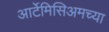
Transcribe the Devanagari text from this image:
आर्टेमिसिअमच्या